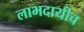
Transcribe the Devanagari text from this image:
लाभदायीच